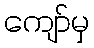
ကျော်မှ